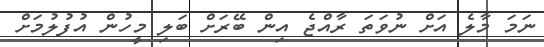
ނަމަ މާލެ އަށް ނުވަތަ ރާއްޖެ އިން ބޭރަށް ބަލި މީހުން އުފުލުމަށް